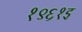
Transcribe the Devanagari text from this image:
१९६१इ